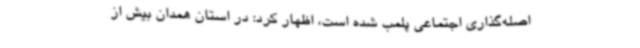
اصله‌گذاری اجتماعی پلمب شده است، اظهار کرد: در استان همدان بیش از